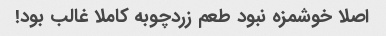
اصلا خوشمزه نبود طعم زردچوبه کاملا غالب بود!